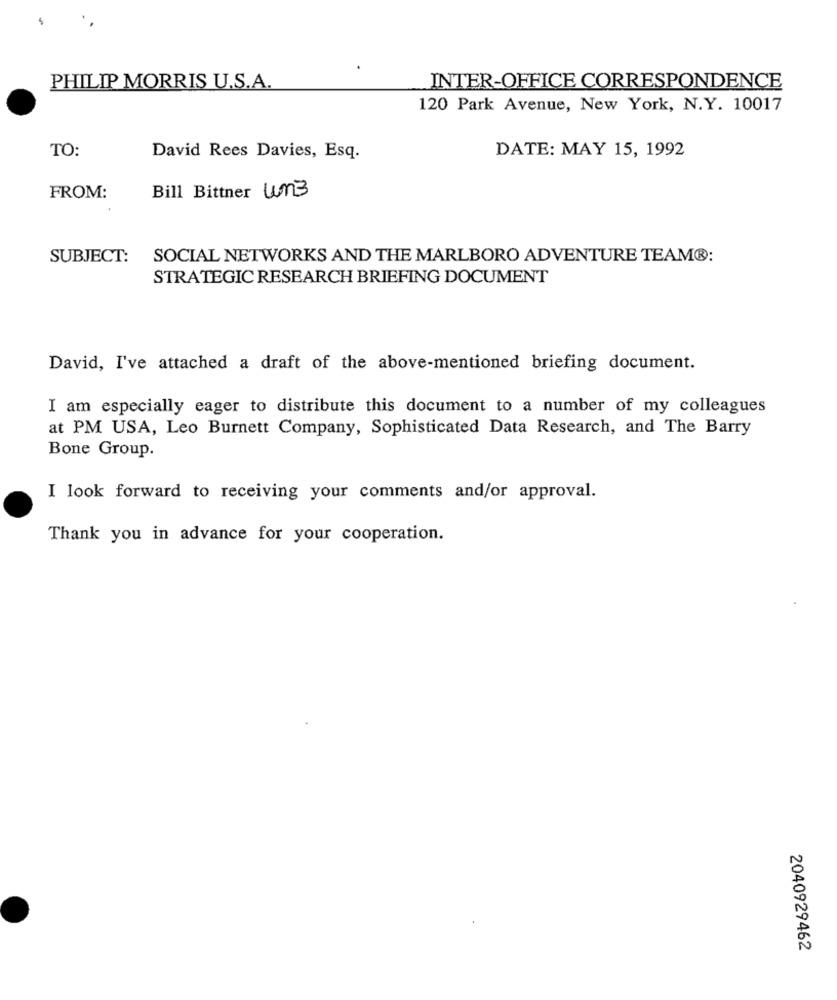
PHILIP MORRIS U.S.A.
INTER-OFFICE CORRESPONDENCE
120 Park Avenue, New York, N.Y. 10017
TO:
DATE: MAY 15, 1992
David Rees Davies, Esq.
FROM:
Bill Bittner un3
SUBJECT:
SOCIAL NETWORKS AND THE MARLBORO ADVENTURE TEAM®:
STRATEGIC RESEARCH BRIEFING DOCUMENT
David, I've attached a draft of the above-mentioned briefing document.
I am especially eager to distribute this document to a number of my colleagues
at PM USA, Leo Burnett Company, Sophisticated Data Research, and The Barry
Bone Group.
I look forward to receiving your comments and/or approval.
Thank you in advance for your cooperation.
2040929462